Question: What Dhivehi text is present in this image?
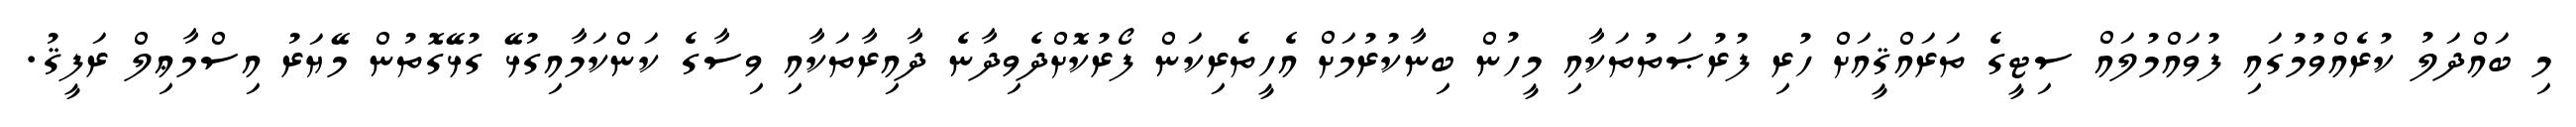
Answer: މި ބައްދަލު ކުރެއްވުމުގައި ފުވައްމުލައް ސިޓީގެ ތަރައްޤީއަށް ހުރި ފުރުޞަތުތަކާއި މީހުން ބިނާކުރުމަށް އެހީތެރިކަން ފޯރުކޮށްދެވިދާނެ ދާއިރާތަކާއި ވިސާގެ ކަންކަމާއިގުޅޭ ގުޅޭގޮތުން މޭޔަރު އިސްމާޢިލް ރަފީޤު.